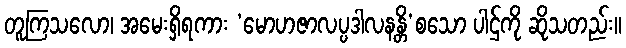
တူကြသလော၊ အမေးရှိရကား ‘မောဟဇာလပ္ပဒါလနန္တိ’စသော ပါဌ်ကို ဆိုသတည်း။